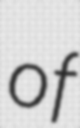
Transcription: of